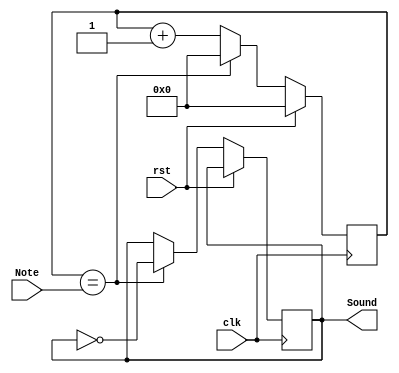
`timescale 1ns / 1ps
//////////////////////////////////////////////////////////////////////////////////
// Company: 
// Engineer: 
// 
// Design Name: 
// Module Name:    SoundGenerator 
// Project Name: 
// Target Devices: 
// Tool versions: 
// Description: 
//
// Dependencies: 
//
// Revision: 
// Revision 0.01 - File Created
// Additional Comments: 
//
//////////////////////////////////////////////////////////////////////////////////
module SoundGenerator(Note, rst, Sound, clk);

input clk;
input rst;
input [16:0] Note;
reg [16:0] counter;
output reg Sound;

always @(posedge clk) begin
if(rst)
  counter <= 0;
else begin
  if (counter == Note) begin
    Sound <= ~Sound;
    counter <= 0;
  end
  else begin
    counter <= counter+1;
  end
  end
end
  
endmodule